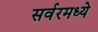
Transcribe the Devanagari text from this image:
सर्वरमध्ये